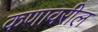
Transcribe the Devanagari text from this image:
कणावरील